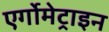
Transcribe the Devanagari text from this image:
एर्गोमेट्राइन